Civil Veterinary Department ledger series I-VI
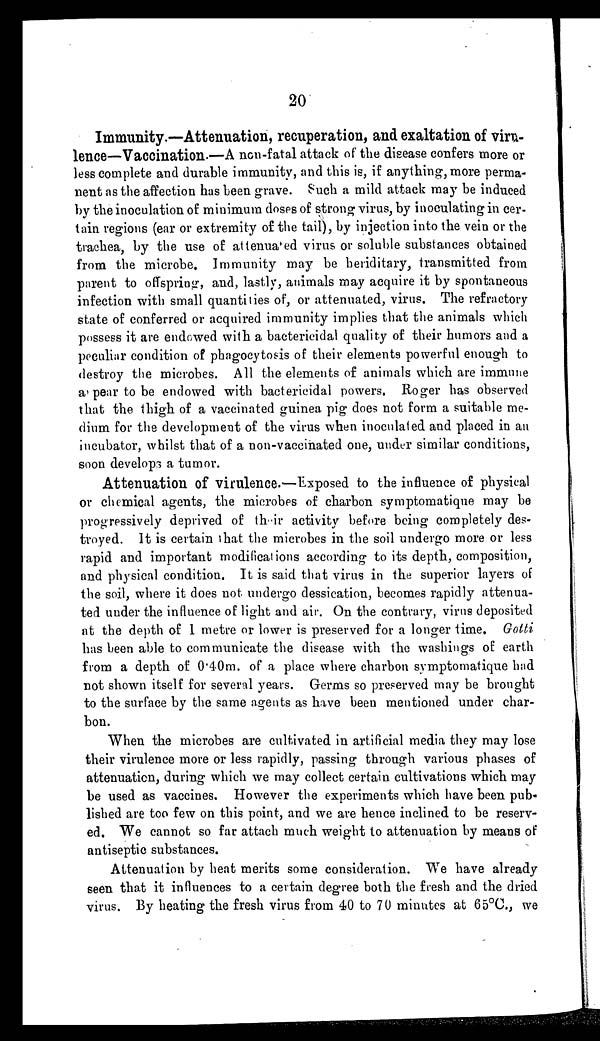
20
Immunity.—Attenuation, recuperation, and exaltation of viru-
lence—Vaccination.—A non-fatal attack of the disease confers more or
less complete and durable immunity, and this is, if anything, more perma-
nent as the affection has been grave. Such a mild attack may be induced
by the inoculation of minimum doses of strong virus, by inoculating in cer-
tain regions (ear or extremity of the tail), by injection into the vein or the
trachea, by the use of attenuated virus or soluble substances obtained
from the microbe. Immunity may be heriditary, transmitted from
parent to offspring, and, lastly, animals may acquire it by spontaneous
infection with small quantities of, or attenuated, virus. The refractory
state of conferred or acquired immunity implies that the animals which
possess it are endowed with a bactericidal quality of their humors and a
peculiar condition of phagocytosis of their elements powerful enough to
destroy the microbes. All the elements of animals which are immune
appear to be endowed with bactericidal powers. Roger has observed
that the thigh of a vaccinated guinea pig does not form a suitable me-
dium for the development of the virus when inoculated and placed in an
incubator, whilst that of a non-vaccinated one, under similar conditions,
soon develops a tumor.
Attenuation of virulence.—Exposed to the influence of physical
or chemical agents, the microbes of charbon symptomatique may be
progressively deprived of their activity before being completely des-
troyed. It is certain that the microbes in the soil undergo more or less
rapid and important modifications according to its depth, composition,
and physical condition. It is said that virus in the superior layers of
the soil, where it does not undergo dessication, becomes rapidly attenua-
ted under the influence of light and air. On the contrary, virus deposited
at the depth of 1 metre or lower is preserved for a longer time. Gotti
has been able to communicate the disease with the washings of earth
from a depth of 0.40m. of a place where charbon symptomatique had
not shown itself for several years. Germs so preserved may be brought
to the surface by the same agents as have been mentioned under char-
bon.
When the microbes are cultivated in artificial media they may lose
their virulence more or less rapidly, passing through various phases of
attenuation, during which we may collect certain cultivations which may
be used as vaccines. However the experiments which have been pub-
lished are too few on this point, and we are hence inclined to be reserv-
ed. We cannot so far attach much weight to attenuation by means of
antiseptic substances.
Attenuation by heat merits some consideration. We have already
seen that it influences to a certain degree both the fresh and the dried
virus. By heating the fresh virus from 40 to 70 minutes at 65°C., we